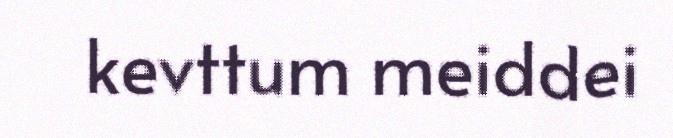
kevttum meiddei